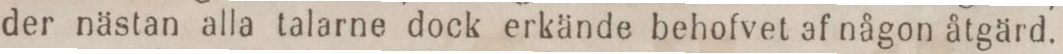
der nästan alla talarne dock erkände behofvet af någon åtgärd.